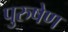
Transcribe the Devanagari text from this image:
पुरुषेण